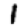
Digit: 1